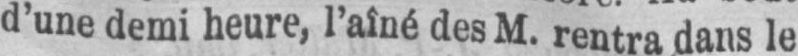
d’une demi heure, l’aîné des M. rentra dans le